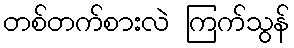
တစ်တက်စားလဲ ကြက်သွန်